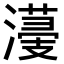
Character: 𣿯